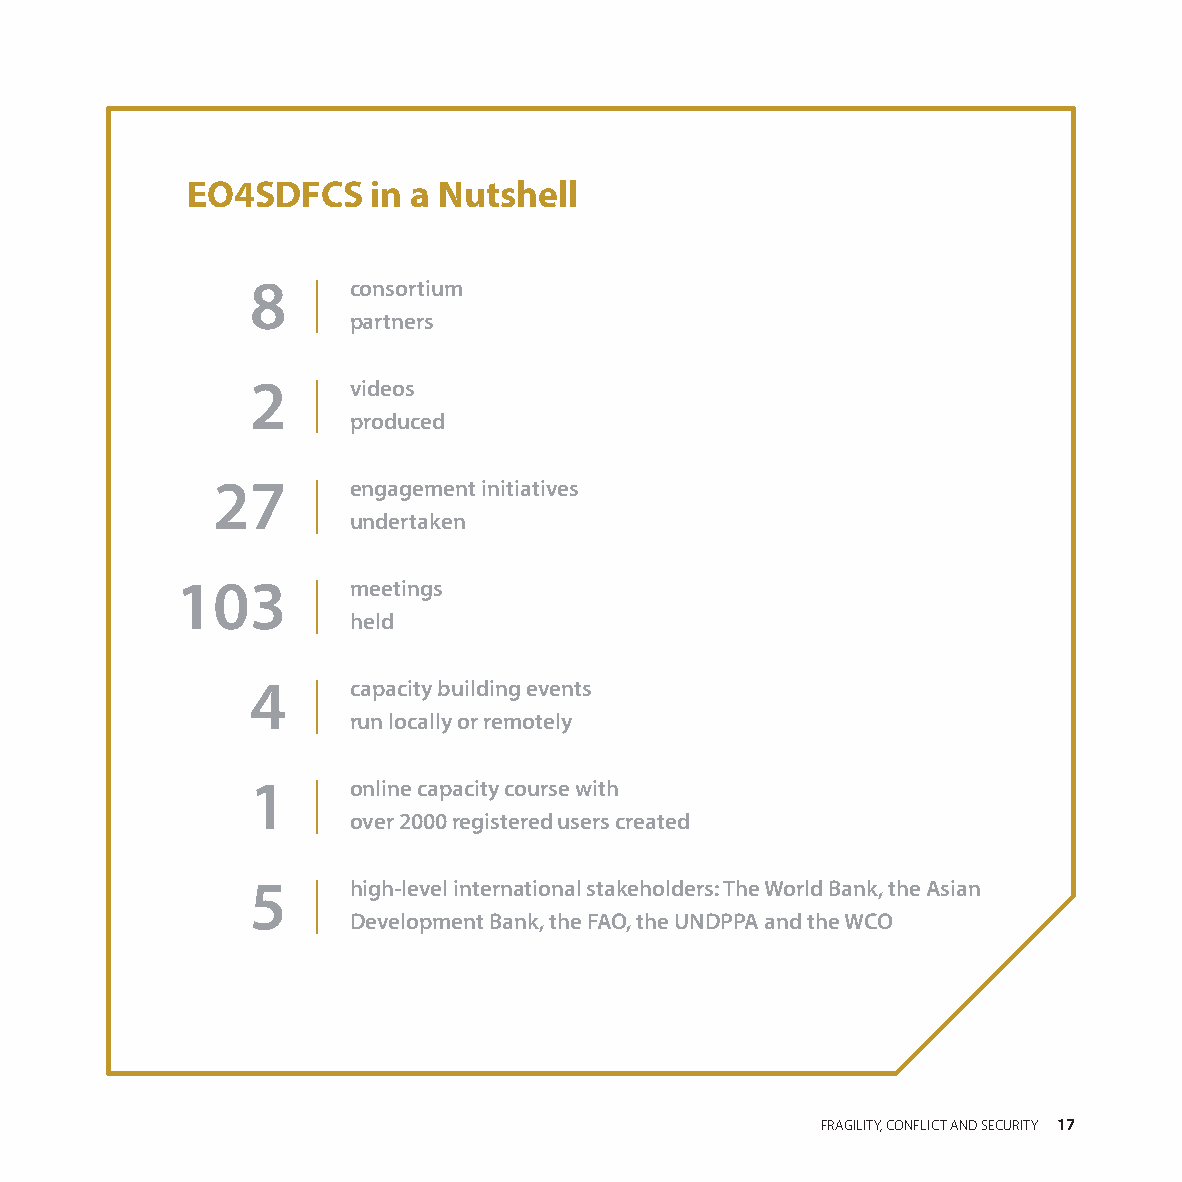
EO4SDFCS     in a Nutshell
 8     consortium
 partners
 2     videos
 produced
 27       engagement initiatives
 undertaken
 103        meetings
 held
 4     capacity building events
 run locally or remotely
 1     online capacity course with
 over 2000 registered users created
 5     high-level international stakeholders: The World Bank, the Asian
 Development Bank, the FAO, the UNDPPA and the WCO
 EARTH OBSERVATION FOR SUSTAINABLE DEVELOPMENT         FRAGILITY, CONFLICT AND SECURITY 17